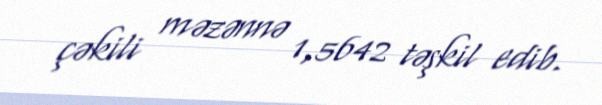
çəkili məzənnə 1,5642 təşkil edib.